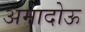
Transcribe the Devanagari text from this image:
अमादोऊ